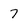
Character: 7